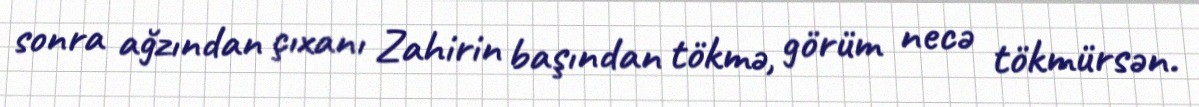
sonra ağzından çıxanı Zahirin başından tökmə, görüm necə tökmürsən.